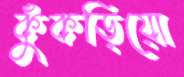
কুঁকড়িয়ো